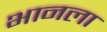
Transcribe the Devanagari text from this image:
भानला